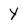
Character: y